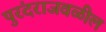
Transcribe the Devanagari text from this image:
पुरंदराजवळील